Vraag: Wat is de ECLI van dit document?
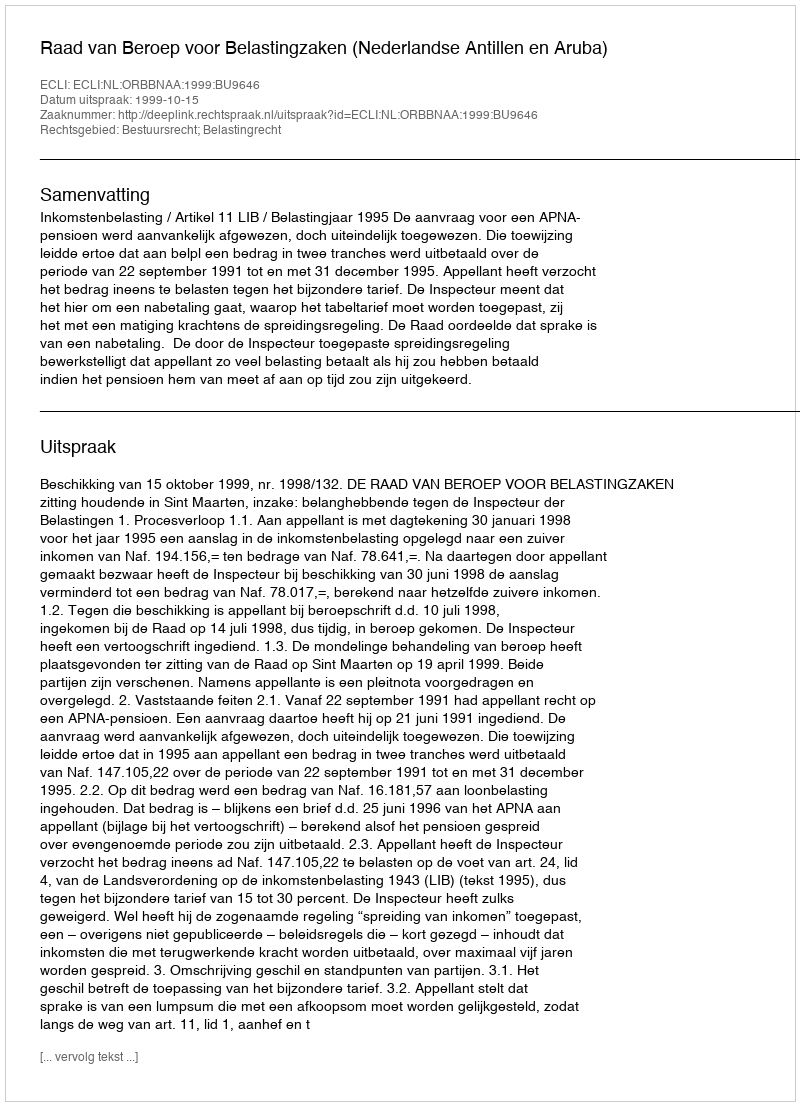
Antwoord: ECLI:NL:ORBBNAA:1999:BU9646